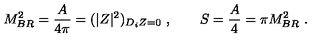
M _ { B R } ^ { 2 } = { \frac { A } { 4 \pi } } = ( | Z | ^ { 2 } ) _ { D _ { i } Z = 0 } \ , \qquad S = { \frac { A } { 4 } } = \pi M _ { B R } ^ { 2 } \ .